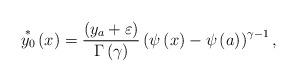
LaTeX: \begin{align*}\overset{\ast }{y_{0}}\left( x\right) =\frac{\left( y_{a}+\varepsilon\right) }{\Gamma \left( \gamma \right) }\left( \psi \left( x\right) -\psi\left( a\right) \right) ^{\gamma -1},\end{align*}